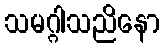
သမဂ္ဂါသညိနော